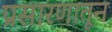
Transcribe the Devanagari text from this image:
प्रसारणातून